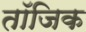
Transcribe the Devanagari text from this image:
तॉजिक